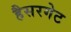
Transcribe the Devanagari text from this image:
हैसरगेट